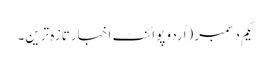
یکم دسمبر(اُردو پوائنٹ اخبارتازہ ترین۔